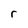
Character: r